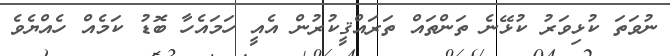
ނުވަތަ ކުޅިވަރު ކުޅޭނެ ތަންތައް ތަރައްޤީކުރުން އެއީ ހަމައެހާ ބޮޑު ކަމެއް ހެއްޔެވެ